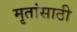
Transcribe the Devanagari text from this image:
मृतांसाठी